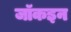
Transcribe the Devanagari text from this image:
जॉकइन